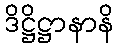
ဒိဋ္ဌိဋ္ဌာနာနိ